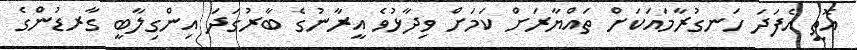
އޮތީ އެފަދަ ހަނގުރާމައަކަށް ތައްޔާރަށް ކަމަށް ވިދާޅުވެ އީރާނުގެ ބާރުގަދަ އިންގިލާބީ ގާރޑުންގެ